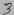
Text: 3